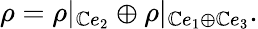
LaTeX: \rho=\rho|_{\mathbb{C}e_{2}}\oplus\rho|_{\mathbb{C}e_{1}\oplus\mathbb{C}e_{3}}.